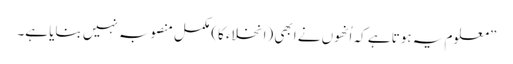
”معلوم یہ ہوتا ہے کہ اُنھوں نے ابھی (انخلاء کا) مکمل منصوبہ نہیں بنایا ہے۔